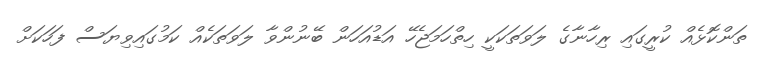
ތަންކޮޅެއް ކުރީގައި ރިހާނާގެ ލަވަތަކަކީ ހިތްހަމަޖެހޭ އަޑުއަހަން ބޭނުންވާ ލަވަތަކެއް ކަމުގައިވިޔަސް ފަހަކަށް